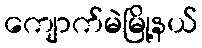
ကျောက်မဲမြို့နယ်